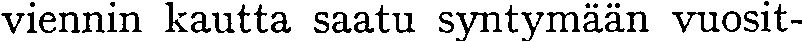
viennin kautta saatu syntymään vuosit-